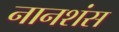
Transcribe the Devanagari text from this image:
नानशंस